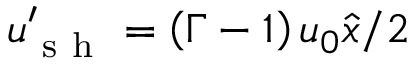
\boldsymbol { u } _ { \mathrm { ~ s ~ h ~ } } ^ { \prime } = \left( \Gamma - 1 \right) u _ { 0 } \hat { x } / 2